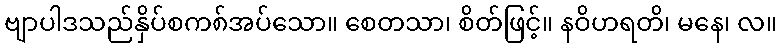
ဗျာပါဒသည်နှိပ်စက၈်အပ်သော။ စေတသာ၊ စိတ်ဖြင့်။ နဝိဟရတိ၊ မနေ၊ လ။